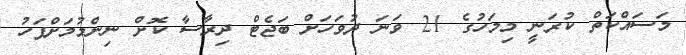
މަސައްކަތް ކުރަނީ މިމަހުގެ 21 ވަނަ ދުވަހަށް ބަޖެޓް ދިރާސާ ކޮށް ނިންމުމަށްފަހު